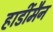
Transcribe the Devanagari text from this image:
हार्डीमैन